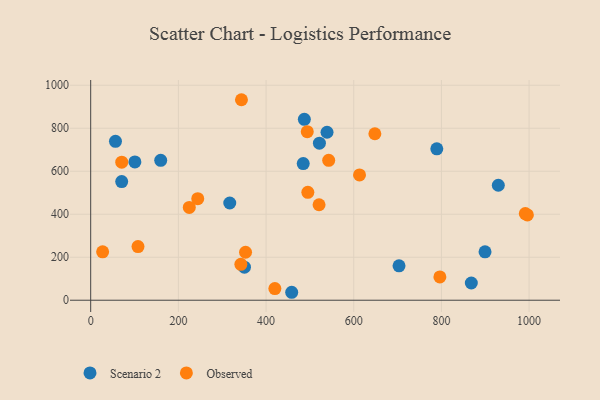
{"axis": {"x": "Ad Spend", "y": "Demand"}, "legend": ["Observed", "Scenario 2"], "data": [{"x": "159.7", "y": 650.9, "type": "Scenario 2"}, {"x": "703.3", "y": 159.9, "type": "Scenario 2"}, {"x": "100.8", "y": 643.5, "type": "Scenario 2"}, {"x": "868.2", "y": 80.1, "type": "Scenario 2"}, {"x": "317.2", "y": 452.2, "type": "Scenario 2"}, {"x": "350.7", "y": 153.9, "type": "Scenario 2"}, {"x": "521.7", "y": 730.8, "type": "Scenario 2"}, {"x": "70.7", "y": 551.8, "type": "Scenario 2"}, {"x": "539.1", "y": 781.5, "type": "Scenario 2"}, {"x": "899.5", "y": 225.3, "type": "Scenario 2"}, {"x": "484.8", "y": 635.6, "type": "Scenario 2"}, {"x": "458.5", "y": 37.0, "type": "Scenario 2"}, {"x": "929.8", "y": 534.9, "type": "Scenario 2"}, {"x": "56.5", "y": 739.2, "type": "Scenario 2"}, {"x": "487.3", "y": 841.4, "type": "Scenario 2"}, {"x": "789.5", "y": 704.5, "type": "Scenario 2"}, {"x": "996.1", "y": 396.6, "type": "Observed"}, {"x": "342.5", "y": 166.8, "type": "Observed"}, {"x": "27.2", "y": 225.2, "type": "Observed"}, {"x": "542.9", "y": 651.0, "type": "Observed"}, {"x": "224.9", "y": 431.7, "type": "Observed"}, {"x": "796.5", "y": 108.4, "type": "Observed"}, {"x": "244.2", "y": 472.2, "type": "Observed"}, {"x": "495.3", "y": 502.0, "type": "Observed"}, {"x": "648.2", "y": 774.4, "type": "Observed"}, {"x": "420.1", "y": 54.2, "type": "Observed"}, {"x": "991.4", "y": 403.0, "type": "Observed"}, {"x": "494.0", "y": 784.3, "type": "Observed"}, {"x": "107.9", "y": 249.4, "type": "Observed"}, {"x": "520.9", "y": 444.2, "type": "Observed"}, {"x": "353.2", "y": 223.1, "type": "Observed"}, {"x": "343.9", "y": 932.7, "type": "Observed"}, {"x": "70.8", "y": 642.0, "type": "Observed"}, {"x": "613.2", "y": 582.9, "type": "Observed"}]}